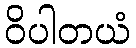
ဝိပါတယံ